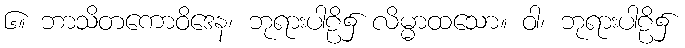
၆။ ဘာသိတကောဝိဒေန၊ ဘုရားပါဠိ၌ လိမ္မာထသော။ ဝါ၊ ဘုရားပါဠိ၌